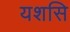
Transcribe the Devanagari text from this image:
यशसि